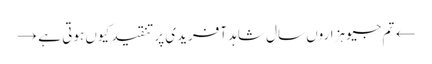
← تم جیو ہزاروں سال	شاہد آفریدی پر تنقید کیوں ہوتی ہے →